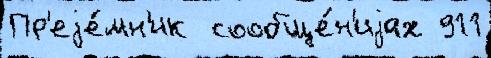
Пр'еjе́мн'ик  сообще́н'иjах 911